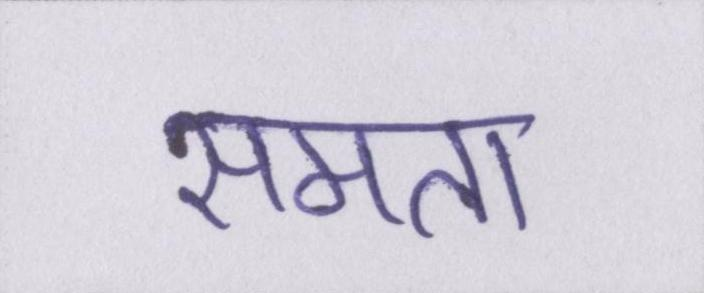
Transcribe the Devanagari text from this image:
समता